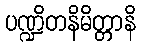
ပဏ္ဍိတနိမိတ္တာနိ